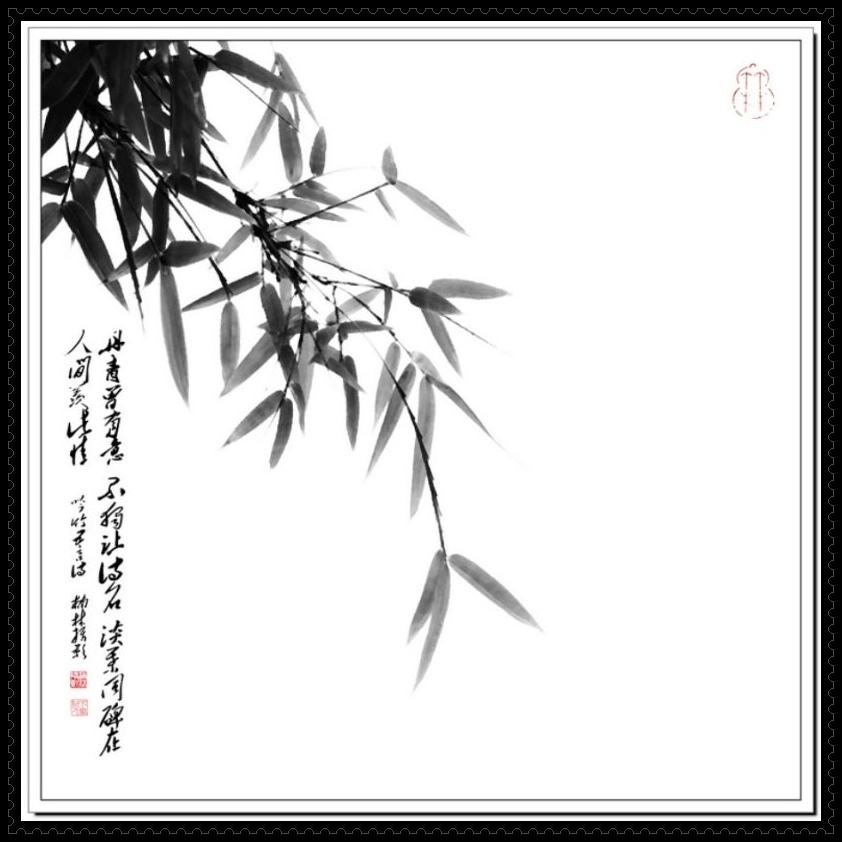
闻说东风亦多情，被竹外香留住。